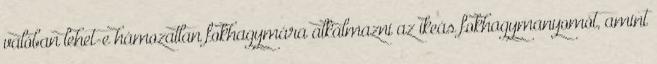
valóban lehet-e hámozatlan fokhagymára alkalmazni az ikeás fokhagymanyomót, amint